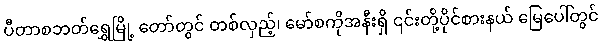
ပီတာစဘတ်ရွှေမြို့ တော်တွင် တစ်လှည့်၊ မော်စကိုအနီးရှိ ၎င်းတို့ပိုင်စားနယ် မြေပေါ်တွင်